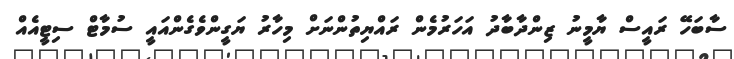
ސާބަހޭ ރައީސް ޔާމީނު ޒިންދާބާދު އަހަރުމެން ރައްޔިތުންނަށް މިހާރު ޔަގީންވެގެންއައީ ސުމާޓް ސިޓީއެއް